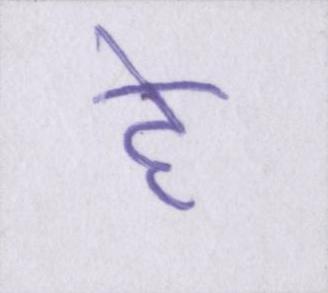
हे